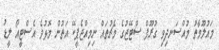
މައުލޫމާތު މުއްސަނދިވި ގުރޫޕް ސްޓޭޖުގެ މެޗުތައް ނިމިއްޖެޕީކޭ އަތުން މޮޅުވެ އެސްޓީއޯ ލީޑު